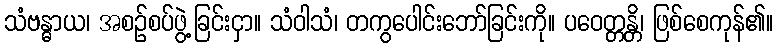
သံဗန္ဓာယ၊ အစဉ်စပ်ဖွဲ့ခြင်းငှာ။ သံဝါသံ၊ တကွပေါင်းဘော်ခြင်းကို။ ပဝေတ္တန္တိ၊ ဖြစ်စေကုန်၏။